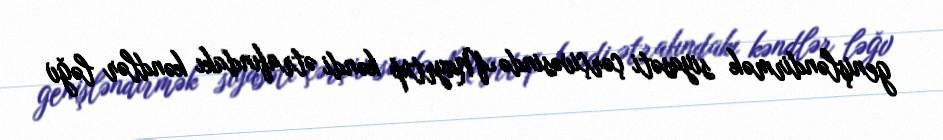
genişləndirmək siyasəti çərçivəsində Mayrtup kəndi ətrafındakı kəndlər ləğv